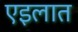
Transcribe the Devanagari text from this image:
एइलात